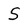
Character: S